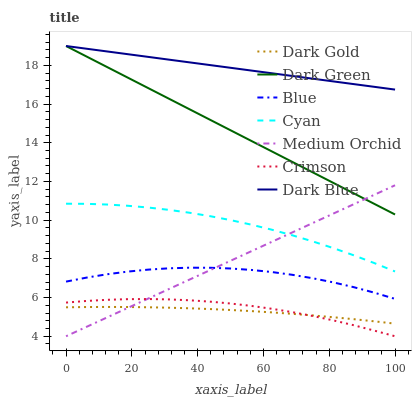
| xaxis_label | Dark Gold | Dark Green | Blue | Cyan | Medium Orchid | Crimson | Dark Blue |
 | --- | --- | --- | --- | --- | --- | --- | --- |
 | 0 | 5.5 | 19 | 6.82 | 10.9 | 4 | 5.74 | 19 |
 | 6.25 | 5.51 | 18.5 | 7.03 | 10.8 | 4.49 | 5.82 | 18.9 |
 | 12.5 | 5.51 | 17.9 | 7.2 | 10.8 | 4.98 | 5.88 | 18.7 |
 | 18.8 | 5.51 | 17.4 | 7.34 | 10.7 | 5.46 | 5.92 | 18.6 |
 | 25 | 5.5 | 16.8 | 7.44 | 10.7 | 5.95 | 5.92 | 18.4 |
 | 31.2 | 5.48 | 16.3 | 7.51 | 10.5 | 6.44 | 5.9 | 18.3 |
 | 37.5 | 5.45 | 15.7 | 7.54 | 10.4 | 6.93 | 5.86 | 18.2 |
 | 43.8 | 5.41 | 15.2 | 7.54 | 10.2 | 7.41 | 5.79 | 18 |
 | 50 | 5.36 | 14.6 | 7.5 | 10 | 7.9 | 5.69 | 17.9 |
 | 56.2 | 5.3 | 14.1 | 7.43 | 9.77 | 8.39 | 5.57 | 17.7 |
 | 62.5 | 5.23 | 13.6 | 7.32 | 9.51 | 8.88 | 5.42 | 17.6 |
 | 68.8 | 5.16 | 13 | 7.18 | 9.22 | 9.36 | 5.25 | 17.5 |
 | 75 | 5.08 | 12.5 | 7 | 8.9 | 9.85 | 5.05 | 17.3 |
 | 81.2 | 4.98 | 11.9 | 6.78 | 8.55 | 10.3 | 4.82 | 17.2 |
 | 87.5 | 4.88 | 11.4 | 6.53 | 8.18 | 10.8 | 4.57 | 17 |
 | 93.8 | 4.77 | 10.8 | 6.25 | 7.78 | 11.3 | 4.29 | 16.9 |
 | 100 | 4.65 | 10.3 | 5.93 | 7.35 | 11.8 | 4 | 16.7 |